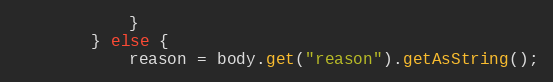
Language: Java
            }
        } else {
            reason = body.get("reason").getAsString();